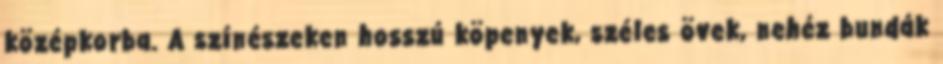
középkorba. A színészeken hosszú köpenyek, széles övek, nehéz bundák